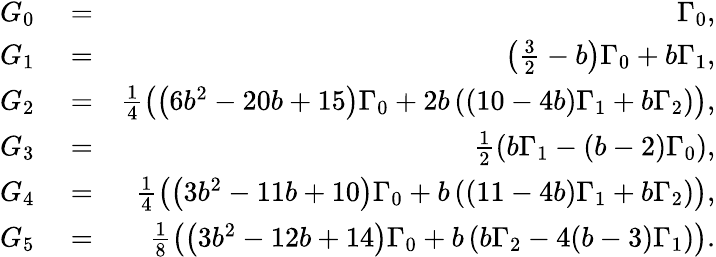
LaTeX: \begin{array}{rlr}{G_{0}}&{{}=}&{\Gamma_{0},}\\ {G_{1}}&{{}=}&{\left(\frac{3}{2}-b\right)\Gamma_{0}+b\Gamma_{1},}\\ {G_{2}}&{{}=}&{\frac{1}{4}\left(\left(6b^{2}-20b+15\right)\Gamma_{0}+2b\left((10-4b)\Gamma_{1}+b\Gamma_{2}\right)\right),}\\ {G_{3}}&{{}=}&{\frac{1}{2}\left(b\Gamma_{1}-(b-2)\Gamma_{0}\right),}\\ {G_{4}}&{{}=}&{\frac{1}{4}\left(\left(3b^{2}-11b+10\right)\Gamma_{0}+b\left((11-4b)\Gamma_{1}+b\Gamma_{2}\right)\right),}\\ {G_{5}}&{{}=}&{\frac{1}{8}\left(\left(3b^{2}-12b+14\right)\Gamma_{0}+b\left(b\Gamma_{2}-4(b-3)\Gamma_{1}\right)\right).}\end{array}